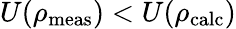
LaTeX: U(\rho_{\mathrm{meas}})<U(\rho_{\mathrm{calc}})